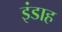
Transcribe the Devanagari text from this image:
इंडाह